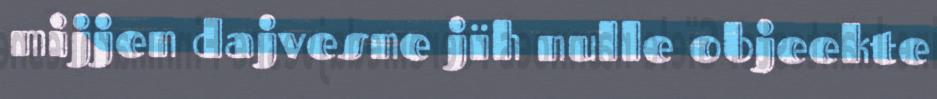
mijjen dajvesne jïh nulle objeekte